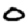
Digit: 0